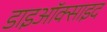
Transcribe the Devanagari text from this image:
डाइऑक्साइद